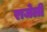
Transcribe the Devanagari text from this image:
राजेली